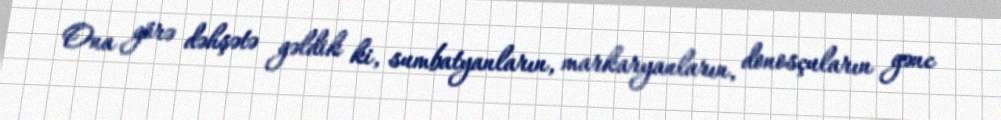
Ona görə dəhşətə gəldik ki, sumbatyanların, markaryanların, donosçuların gənc